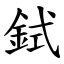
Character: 鉽